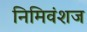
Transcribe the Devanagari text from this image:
निमिवंशज